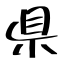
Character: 県